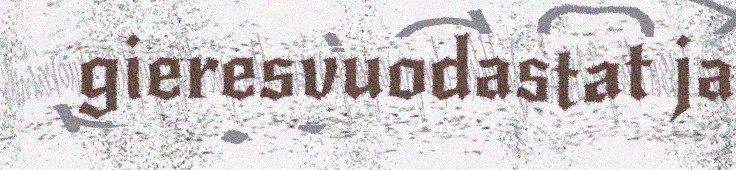
gieresvuodastat ja